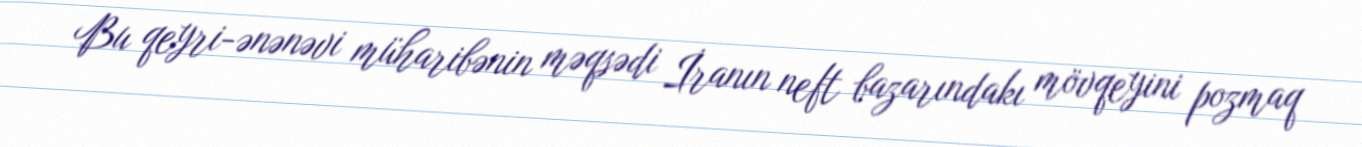
Bu qeyri-ənənəvi müharibənin məqsədi İranın neft bazarındakı mövqeyini pozmaq